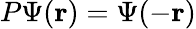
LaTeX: P\Psi(\mathbf{r})=\Psi(-\mathbf{r})